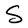
Character: S